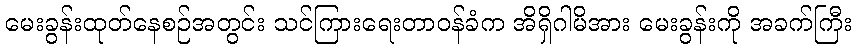
မေးခွန်းထုတ်နေစဉ်အတွင်း သင်ကြားရေးတာဝန်ခံက အိရှိဂါမိအား မေးခွန်းကို အခက်ကြီး